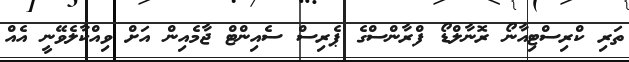
ތަރި ކްރިސްޓިއާނޯ ރޮނާލްޑޯ ފްރާންސްގެ ޕެރިސް ސެއިންޓް ޖާމެއިން އަށް ވިއްކާލެވޭނީ އެއް